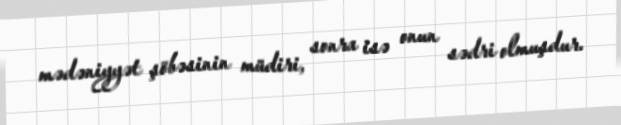
mədəniyyət şöbəsinin müdiri, sonra isə onun sədri olmuşdur.